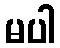
မပါ